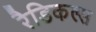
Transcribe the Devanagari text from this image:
रैडिकल्स